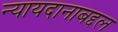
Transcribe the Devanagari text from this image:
न्यायदानाबद्दल